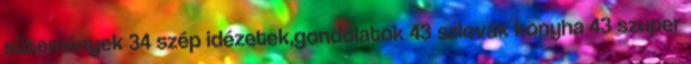
sütemények 34 szép idézetek,gondolatok 43 szlovák konyha 43 szuper